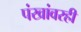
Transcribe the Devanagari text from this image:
पंखांवरही